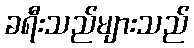
ခရီးသည်များသည်